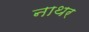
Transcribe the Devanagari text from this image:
नाथर